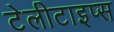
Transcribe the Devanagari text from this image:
टेलीटाइप्स